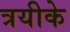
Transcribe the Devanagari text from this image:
त्रयीके